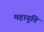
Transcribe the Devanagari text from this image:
महायुति